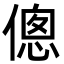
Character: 傯